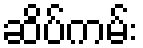
ဆိပ်ကမ်း